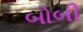
બોબી